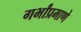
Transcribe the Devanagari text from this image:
गर्भांप्रमाणे